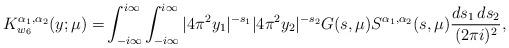
LaTeX: \begin{align*} K^{\alpha_1, \alpha_2}_{w_6}(y; \mu) = & \int_{-i\infty}^{i\infty} \int_{-i\infty}^{i\infty} |4\pi^2 y_1|^{-s_1} |4\pi^2 y_2|^{-s_2} G(s, \mu) S^{\alpha_1, \alpha_2}(s, \mu)\frac{ds_1\, ds_2}{(2\pi i)^2}, \end{align*}